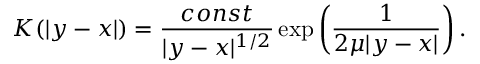
K ( | y - x | ) = \frac { c o n s t } { | y - x | ^ { 1 / 2 } } \exp \left( \frac { 1 } { 2 \mu | y - x | } \right) .